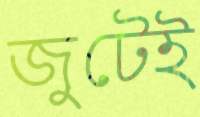
জুটেই